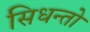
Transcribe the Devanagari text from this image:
सिधन्तो